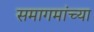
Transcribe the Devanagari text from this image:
समागमांच्या